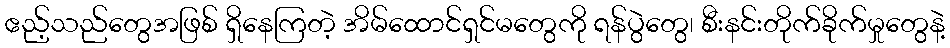
ဧည့်သည်တွေအဖြစ် ရှိနေကြတဲ့ အိမ်ထောင်ရှင်မတွေကို ရန်ပွဲတွေ၊ စီးနင်းတိုက်ခိုက်မှုတွေနဲ့